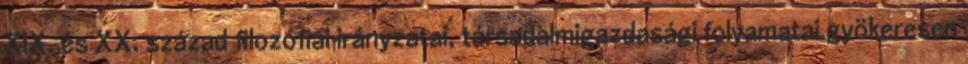
XIX. és XX. század ﬁlozóﬁai irányzatai, társadalmigazdasági folyamatai gyökeresen